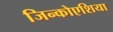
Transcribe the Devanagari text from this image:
जिन्कोएशिया